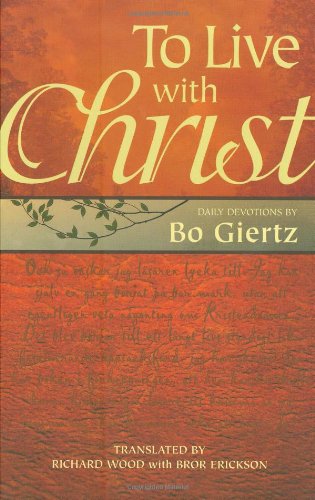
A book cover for To Live with Christ: Devotions by Bo Giertz; Bo Giertz; Christian Books & Bibles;